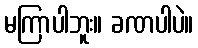
မကြာပါဘူး။ ခဏပါပဲ။